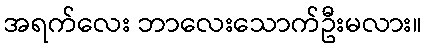
အရက်လေး ဘာလေးသောက်ဦးမလား။